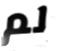
لم